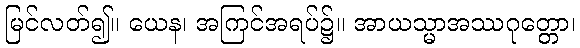
မြင်လတ်၍။ ယေန၊ အကြင်အရပ်၌။ အာယသ္မာအဿဂုတ္တော၊